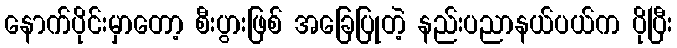
နောက်ပိုင်းမှာတော့ စီးပွားဖြစ် အခြေပြုတဲ့ နည်းပညာနယ်ပယ်က ပိုပြီး